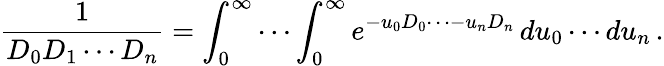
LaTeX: {\frac{1}{D_{0}D_{1}\cdots D_{n}}}=\int_{0}^{\infty}\cdots\int_{0}^{\infty}e^{-u_{0}D_{0}\cdots-u_{n}D_{n}}\, du_{0}\cdots du_{n}\, .